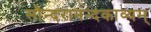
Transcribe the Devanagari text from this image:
सौन्दरानन्दकाव्यम्